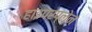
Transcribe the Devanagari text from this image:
हाइपरप्लेन